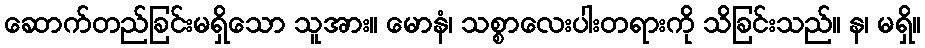
ဆောက်တည်ခြင်းမရှိသော သူအား။ မောနံ၊ သစ္စာလေးပါးတရားကို သိခြင်းသည်။ န၊ မရှိ။